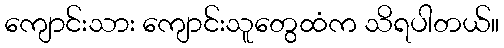
ကျောင်းသား ကျောင်းသူတွေထံက သိရပါတယ်။